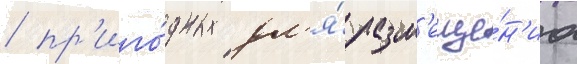
/ пр'иго́дных дл'я́ разм'еще́н'иа